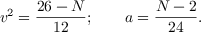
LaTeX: v ^ { 2 } = \frac { 2 6 - N } { 1 2 } ; \qquad a = \frac { N - 2 } { 2 4 } .